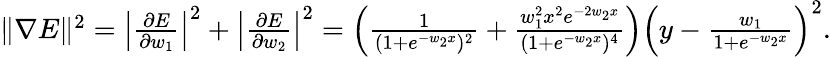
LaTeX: \begin{array}{r}{\| \nabla E\| ^{2}=\left|\frac{\partial E}{\partial w_{1}}\right|^{2}+\left|\frac{\partial E}{\partial w_{2}}\right|^{2}=\left(\frac{1}{(1+e^{-w_{2}x})^{2}}+\frac{w_{1}^{2}x^{2}e^{-2w_{2}x}}{(1+e^{-w_{2}x})^{4}}\right)\left(y-\frac{w_{1}}{1+e^{-w_{2}x}}\right)^{2}.}\end{array}